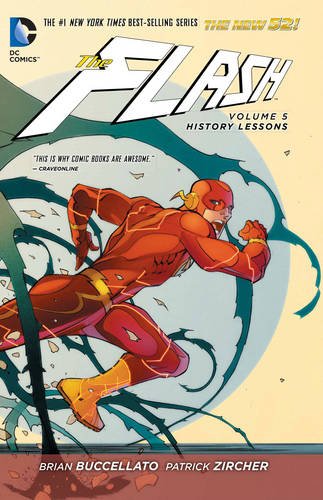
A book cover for The Flash Vol. 5: History Lessons (The New 52); Brian Buccellato; Comics & Graphic Novels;